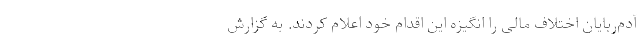
آدم‌ربایان اختلاف مالی را انگیزه این اقدام خود اعلام کردند. به گزارش